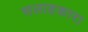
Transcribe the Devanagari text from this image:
सलाहकारा